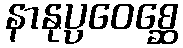
နာနုပ္ပဝေစ္ဆေ